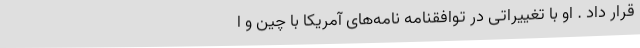
قرار داد . او با تغییراتی در توافقنامه نامه‌های آمریکا با چین و ا